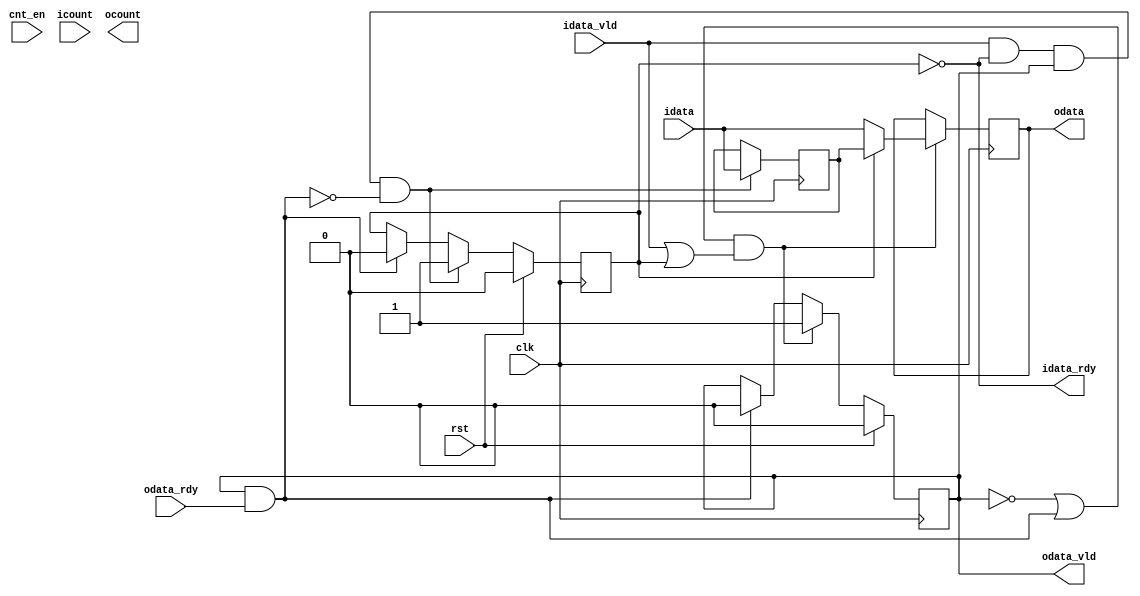
//Copyright 2020 Marco Merlini. This file is part of the fpga-bpf project,
//whose license information can be found at 
//https://github.com/UofT-HPRC/fpga-bpf/blob/master/LICENSE

`ifndef BHAND_INCLUDE_GUARD
`define BHAND_INCLUDE_GUARD 1

`timescale 1ns / 1ps
/*
bhand.v

Implements a buffered handshake. Also has a parameter for turning on a 
"counting" mode. This counts how many cycles an input has been in the FIFO.

*/

`define genif generate if
`define endgen end endgenerate

module bhand # (
    parameter DATA_WIDTH = 8,
    parameter ENABLE_COUNT = 0,
    parameter COUNT_WIDTH = 4
) (
    input wire clk,
    input wire rst,
    
    input wire [DATA_WIDTH-1:0] idata,
    input wire idata_vld,
    output wire idata_rdy,
    
    output wire [DATA_WIDTH-1:0] odata,
    output wire odata_vld,
    input wire odata_rdy,
    
    //Counting signals. Ignore these ports if ENABLE_COUNT == 0
    input wire cnt_en,
    input wire [COUNT_WIDTH-1:0] icount,
    output wire [COUNT_WIDTH-1:0] ocount
);

    //Some helper signals for neatening up the code
    wire shift_in;
    assign shift_in = idata_vld && idata_rdy;
    
    wire shift_out;
    assign shift_out = odata_vld && odata_rdy;
    
    
    
    
    //Forward-declare this signal since extra_mem needs it
    reg mem_vld = 0;
    
    
    
    
    //Internal registers and signals for extra element
    reg [DATA_WIDTH-1:0] extra_mem = 0;
    reg extra_mem_vld = 0;
    wire extra_mem_rdy;
    
    //Unlike a regular FIFO, we are only ready if empty:
    assign extra_mem_rdy = (extra_mem_vld == 0);
    
    //We will enable writing into extra mem if a new element is shifting in AND
    //mem is full AND mem will not be read on this cycle
    wire extra_mem_en;
    assign extra_mem_en = shift_in && mem_vld && !shift_out;
    
    always @(posedge clk) begin
        //extra_mem_vld's next value
        if (rst) begin
            extra_mem_vld <= 0;
        end else begin
            if (extra_mem_en) begin
                extra_mem_vld <= 1;
            end else if (shift_out) begin
                extra_mem_vld <= 0;
            end
        end
        
        //extra_mem's next value
        if (extra_mem_en) begin
            extra_mem <= idata;
        end
    end
    
    
    
    
    //Internal registers and signals for FIFO element
    reg [DATA_WIDTH-1:0] mem = 0;
    //reg mem_vld = 0; //moved
    wire mem_rdy;
    
    //We are ready if FIFO is empty, or if the value is leaving on this cycle
    assign mem_rdy = !mem_vld || (odata_vld && odata_rdy);
    
    //We will enable writing into mem if it is ready, and if the input is valid
    wire mem_en;
    assign mem_en = mem_rdy && (idata_vld || extra_mem_vld);
    
    always @(posedge clk) begin
        //mem_vld's next value
        if (rst) begin
            mem_vld <= 0;
        end else begin
            if (mem_en) begin
                mem_vld <= 1;
            end else if (shift_out) begin
                mem_vld <= 0;
            end
        end
        
        //mem's next value
        if (mem_en) begin
            mem <= extra_mem_vld ? extra_mem : idata;
        end
    end




`genif(ENABLE_COUNT) begin
    //Declare internal registers
    reg [COUNT_WIDTH-1:0] extra_cnt_reg = 0;
    reg [COUNT_WIDTH-1:0] cnt_reg = 0;
    
    //extra_cnt_reg
    always @(posedge clk) begin
        if (rst) begin
            extra_cnt_reg <= 0;
        end else begin
            if (extra_mem_en) begin
                extra_cnt_reg <= icount + cnt_en;
            end else begin
                extra_cnt_reg <= extra_cnt_reg + cnt_en;
            end
        end
    end
    
    //cnt_reg
    always @(posedge clk) begin
        if (rst) begin
            cnt_reg <= 0;
        end else begin
            if (mem_en) begin
                cnt_reg <= extra_mem_vld ? extra_cnt_reg + cnt_en : icount + cnt_en;
            end else begin
                cnt_reg <= cnt_reg + cnt_en;
            end
        end
    end
    
    //Wire up outputs
    assign ocount = cnt_reg;
`endgen
    
    
    
    
    //Actually wire up module outputs
    assign idata_rdy = extra_mem_rdy;
    assign odata = mem;
    assign odata_vld = mem_vld;
    
endmodule

`undef genif
`undef endgen

`endif